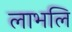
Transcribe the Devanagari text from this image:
लाभलि